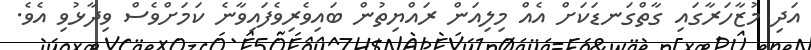
އަދި މުޒާހަރާގައި ގާތްގަނޑަކަށް އެއް މިލިއަން ރައްޔިތުން ބައިވެރިވެފައިވާނެ ކަމަށްވެސް ވިދާޅުވި އެވެ.